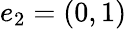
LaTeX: e_{2}=(0,1)